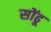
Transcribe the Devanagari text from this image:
सोंढू